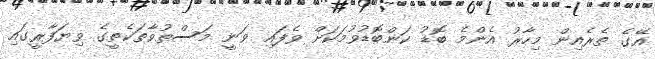
އޭގެ ތެރެއިން މިހާރު އެންމެ ބޮޑު ކަންބޮޑުވުމަކަށް ވެފައި ވަނީ މަސްތުވާތަކެތީގެ ވިޔަފާރީގައި